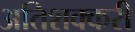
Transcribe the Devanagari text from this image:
अतिशक्करी